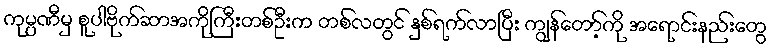
ကုမ္ပဏီမှ စူပါဗိုက်ဆာအကိုကြီးတစ်ဦးက တစ်လတွင် နှစ်ရက်လာပြီး ကျွန်တော့်ကို အရောင်းနည်းတွေ